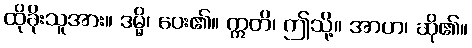
ထိုခိုးသူအား။ ဒမ္မိ၊ ပေး၏။ ဣတိ၊ ဤသို့။ အာဟ၊ ဆို၏။